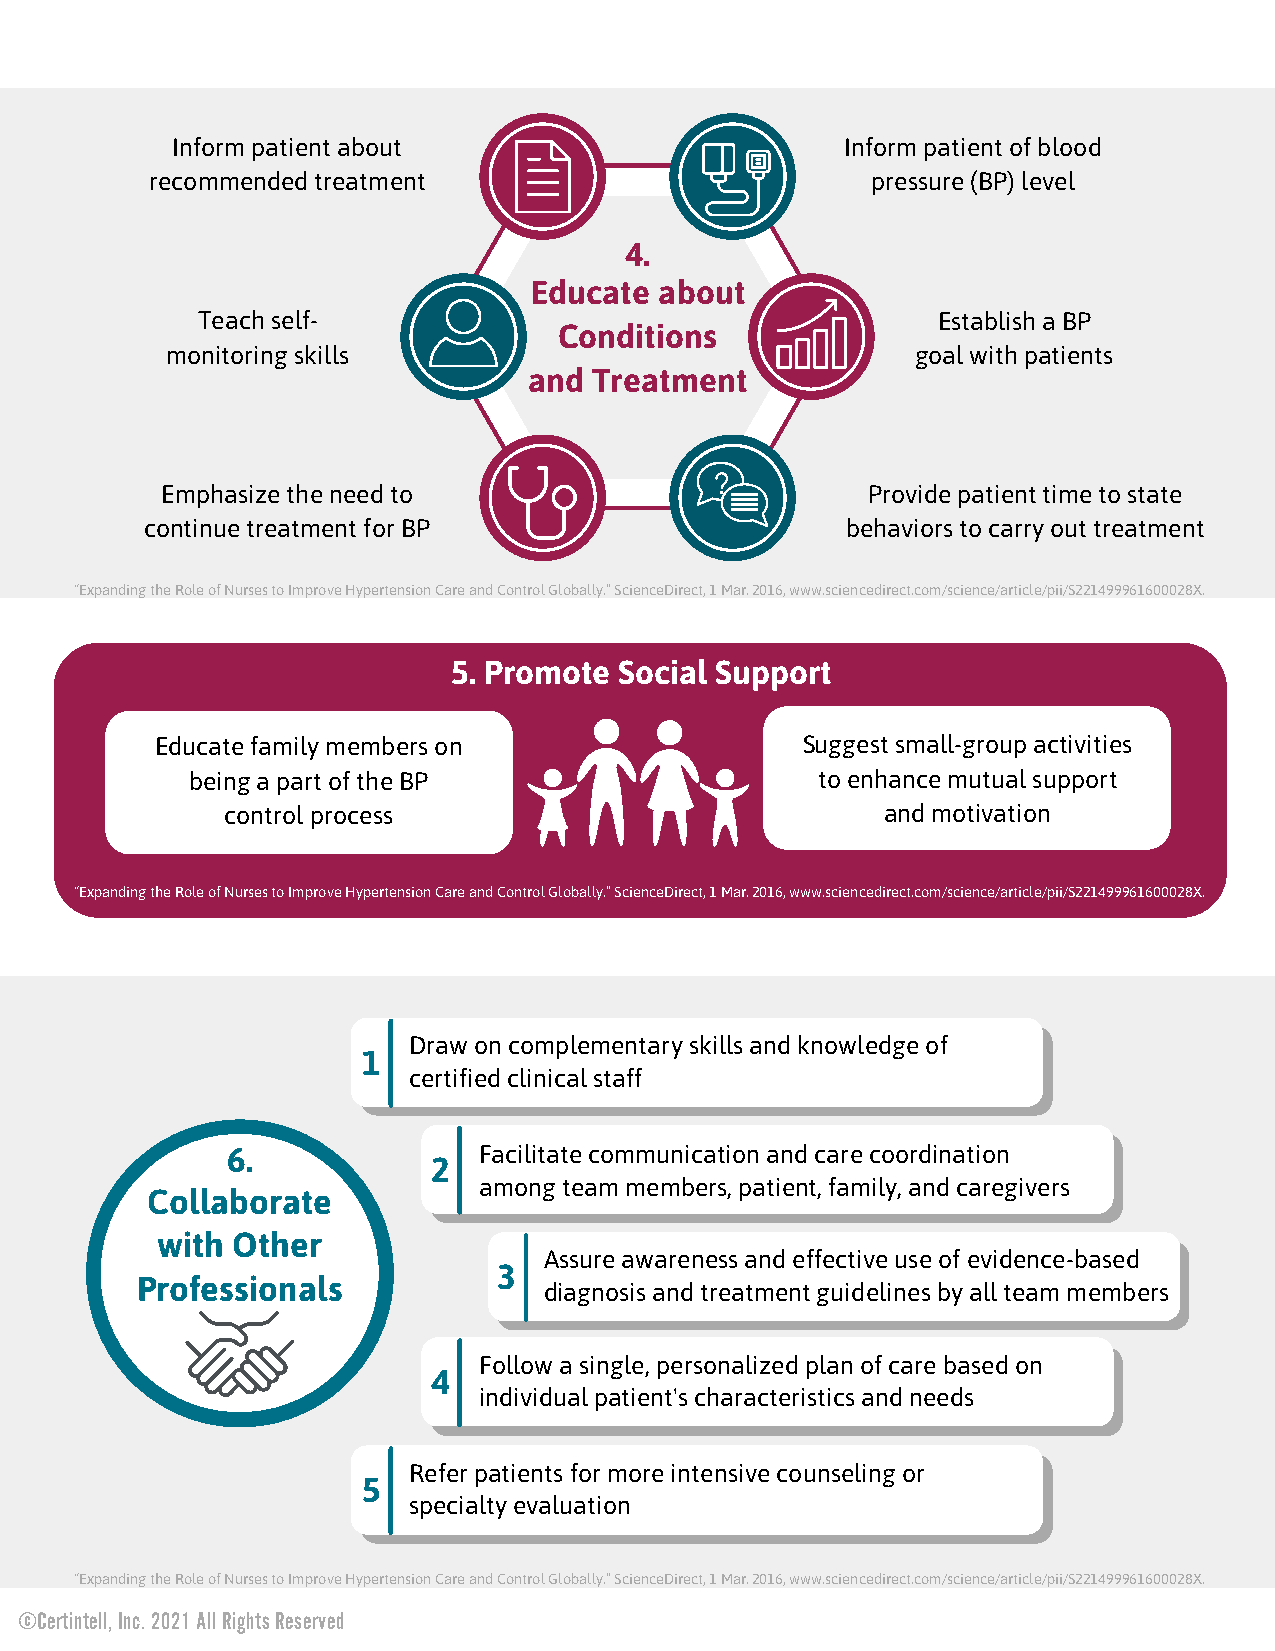
Inform patient about                         Inform patient of blood
 recommended treatment                           pressure (BP) level
 4.
 Educate  about
 Teach self-                                      Establish a BP
 Conditions
 monitoring skills                                 goal with patients
 and Treatment
 Emphasize the need to                         Provide patient time to state
 continue treatment for BP                     behaviors to carry out treatment
 “Expanding the Role of Nurses to Improve Hypertension Care and Control Globally.” ScienceDirect, 1 Mar. 2016, www.sciencedirect.com/science/article/pii/S221499961600028X.
 5. Promote Social Support
 Educate family members on                  Suggest small-group activities
 being a part of the BP                   to enhance mutual support
 control process                             and motivation
 “Expanding the Role of Nurses to Improve Hypertension Care and Control Globally.” ScienceDirect, 1 Mar. 2016, www.sciencedirect.com/science/article/pii/S221499961600028X.
 Draw on complementary skills and knowledge of
 1
 certified clinical staff
 6.               Facilitate communication and care coordination
 2
 among team members, patient, family, and caregivers
 Collaborate
 with Other
 Assure awareness and effective use of evidence-based
 3
 Professionals
 diagnosis and treatment guidelines by all team members
 Follow a single, personalized plan of care based on
 4
 individual patient's characteristics and needs
 Refer patients for more intensive counseling or
 5
 specialty evaluation
 “Expanding the Role of Nurses to Improve Hypertension Care and Control Globally.” ScienceDirect, 1 Mar. 2016, www.sciencedirect.com/science/article/pii/S221499961600028X.
 ©Certintell, Inc. 2021 All Rights Reserved